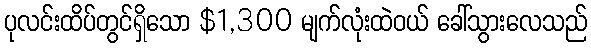
ပုလင်းထိပ်တွင်ရှိသော $1,300 မျက်လုံးထဲဝယ် ခေါ်သွားလေသည်